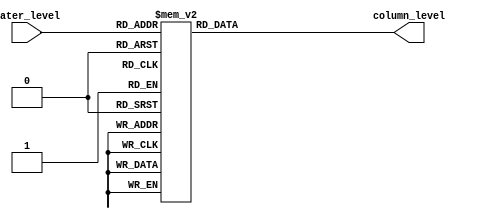
module tank_empting_decoder (
    output reg [6:0] column_level, // all columns

    // 3bits encoded counter
    input [2:0] water_level
);

    always @(*) begin
        case (water_level)
            3'b000:  column_level <= 7'b1111111;
            3'b001:  column_level <= 7'b0111111;
            3'b010:  column_level <= 7'b0011111;
            3'b011:  column_level <= 7'b0001111;
            3'b100:  column_level <= 7'b0000111;
            3'b101:  column_level <= 7'b0000011;
            3'b110:  column_level <= 7'b0000001;
            3'b111:  column_level <= 7'b0000000;
            default: column_level <= 7'b1111111;
        endcase
    end

endmodule